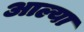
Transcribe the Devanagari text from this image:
अाल्या